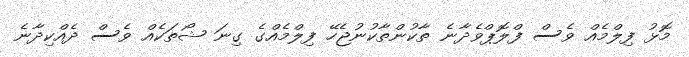
މޮޅު ފިލްމެއް ވެސް ފްލޮޕްވެދާނެ ތާކުންތާކުނުޖެހޭ ފިލްމެއްގެ ގިނަ ޝޯތަކެއް ވެސް ދެއްކިދާނެ